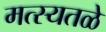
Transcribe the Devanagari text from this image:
मत्स्यतळे